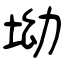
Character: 坳